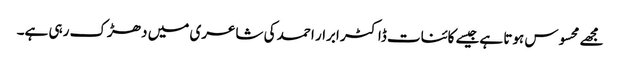
مجھے محسوس ہوتا ہےجیسے کائنات ڈاکٹر ابرار احمد کی شاعری میں دھڑک رہی ہے۔